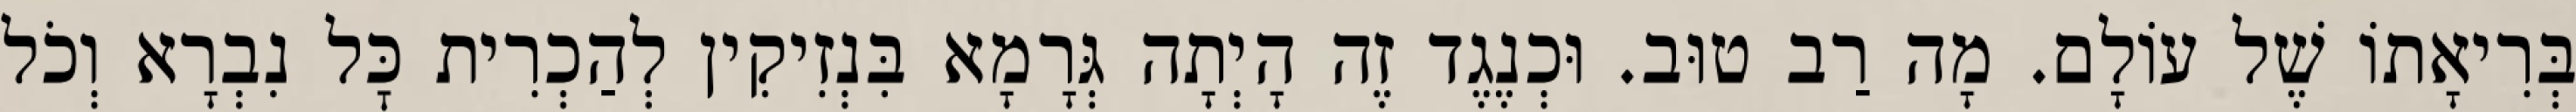
בְּרִיאָתוֹ שֶׁל עוֹלָם. מָה רַב טוּב. וּכְנֶגֶד זֶה הָיְתָה גְּרָמָא בִּנְזִיקִין לְהַכְרִית כׇּל נִבְרָא וְכֹל